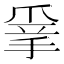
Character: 𢮣